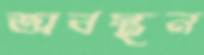
অবস্থন